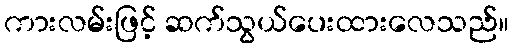
ကားလမ်းဖြင့် ဆက်သွယ်ပေးထားလေသည်။